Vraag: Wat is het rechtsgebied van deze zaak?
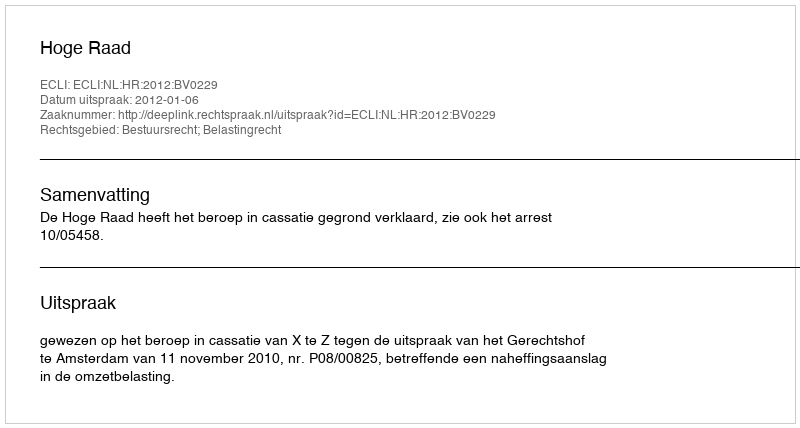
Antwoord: Bestuursrecht; Belastingrecht